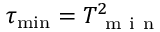
\tau _ { \operatorname* { m i n } } = T _ { \mathrm { ~ m ~ i ~ n ~ } } ^ { 2 }